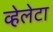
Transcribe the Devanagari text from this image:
व्हेलेटा